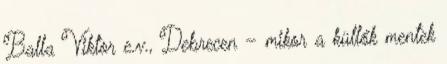
Balla Viktor e.v., Debrecen – mikor a küllők mentek